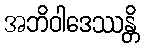
အဘိဝါဒေဿန္တိ